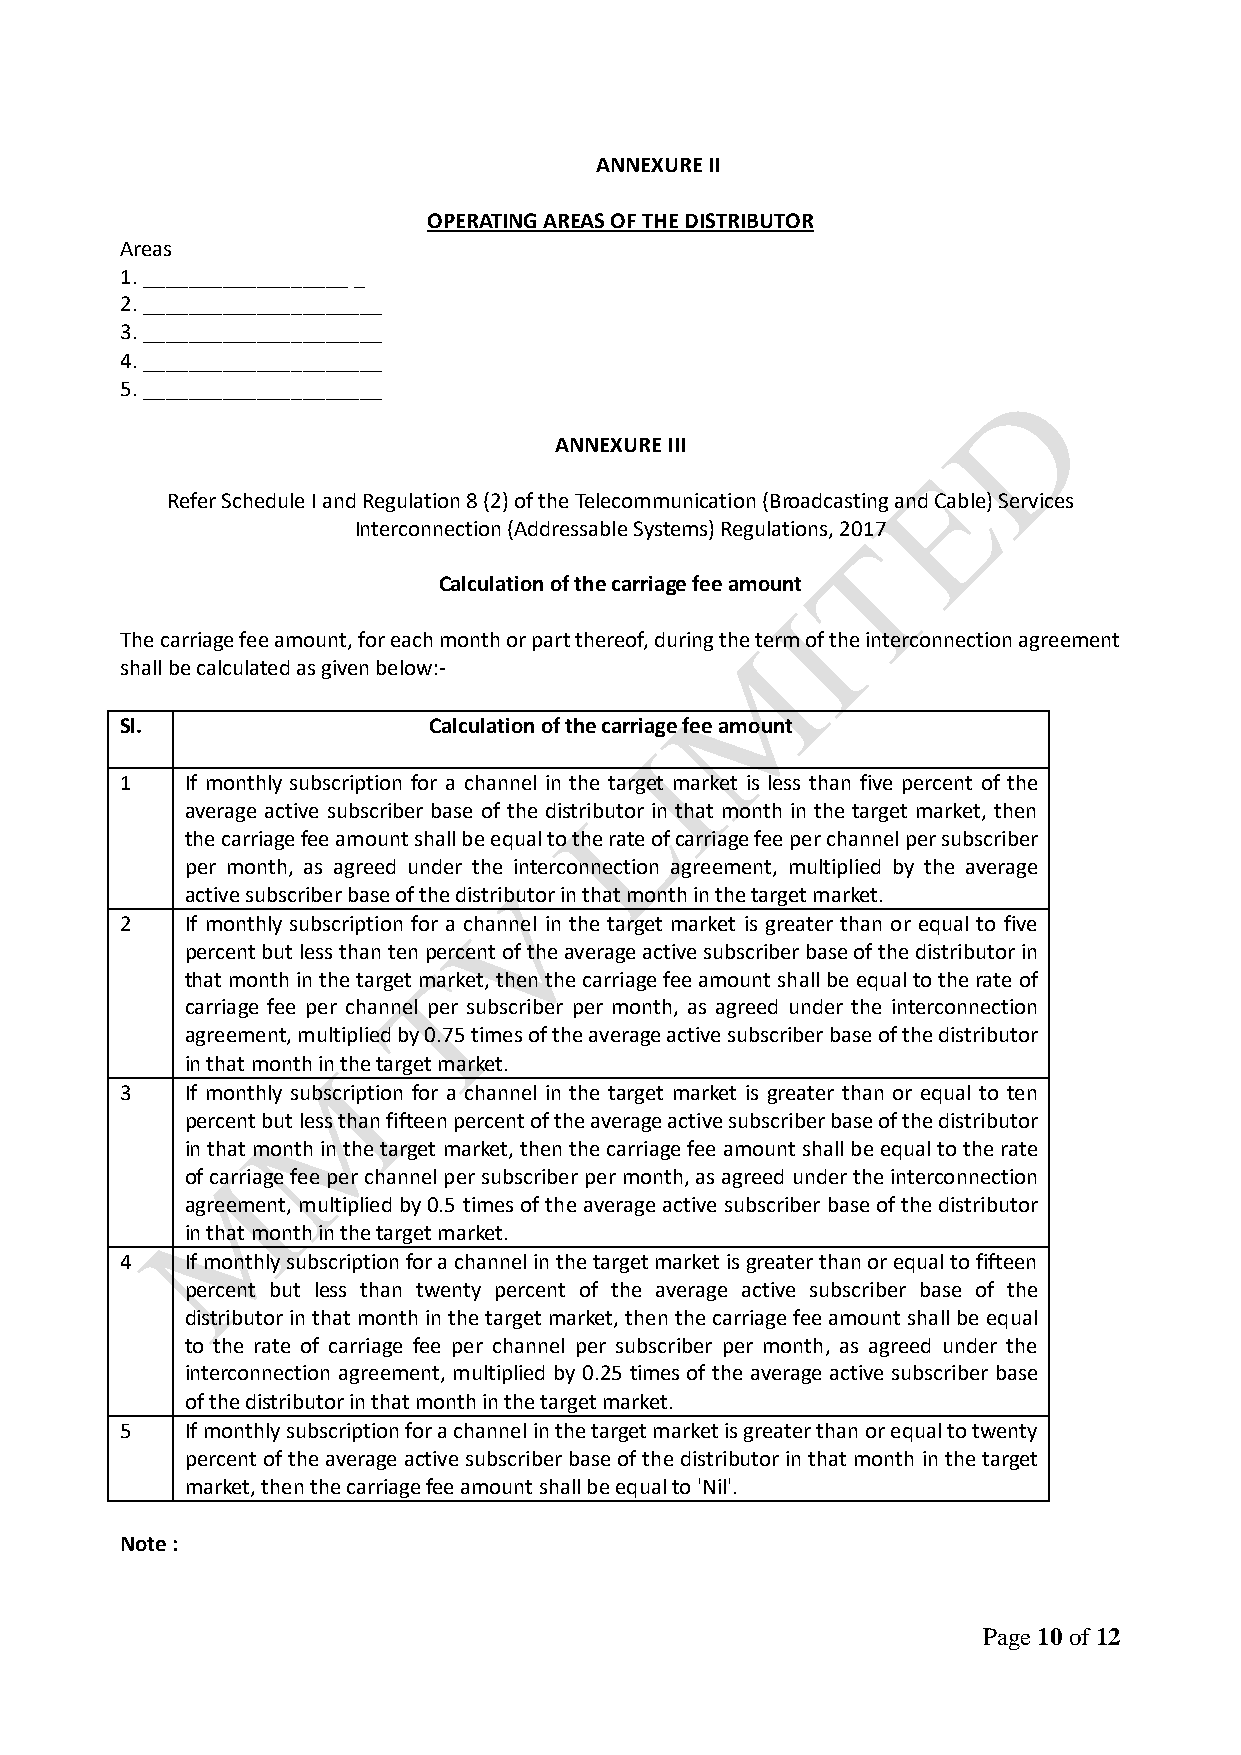
ANNEXURE II
 OPERATING AREAS OF THE DISTRIBUTOR
 Areas
 1. __________________ _
 2. _____________________
 3. _____________________
 4. _____________________
 5. _____________________
 ANNEXURE III
 Refer Schedule I and Regulation 8 (2) of the Telecommunication (Broadcasting and Cable) Services
 Interconnection (Addressable Systems) Regulations, 2017
 Calculation of the carriage fee amount
 The carriage fee amount, for each month or part thereof, during the term of the interconnection agreement
 shall be calculated as given below:-
 Sl.                 Calculation of the carriage fee amount
 1   If monthly subscription for a channel in the target market is less than five percent of the
 average active subscriber base of the distributor in that month in the target market, then
 the carriage fee amount shall be equal to the rate of carriage fee per channel per subscriber
 per month, as agreed under the interconnection agreement, multiplied by the average
 active subscriber base of the distributor in that month in the target market.
 2   If monthly subscription for a channel in the target market is greater than or equal to five
 percent but less than ten percent of the average active subscriber base of the distributor in
 that month in the target market, then the carriage fee amount shall be equal to the rate of
 carriage fee per channel per subscriber per month, as agreed under the interconnection
 agreement, multiplied by 0.75 times of the average active subscriber base of the distributor
 in that month in the target market.
 3   If monthly subscription for a channel in the target market is greater than or equal to ten
 percent but less than fifteen percent of the average active subscriber base of the distributor
 in that month in the target market, then the carriage fee amount shall be equal to the rate
 of carriage fee per channel per subscriber per month, as agreed under the interconnection
 agreement, multiplied by 0.5 times of the average active subscriber base of the distributor
 in that month in the target market.
 4   If monthly subscription for a channel in the target market is greater than or equal to fifteen
 percent but less than twenty percent of the average active subscriber base of the
 distributor in that month in the target market, then the carriage fee amount shall be equal
 to the rate of carriage fee per channel per subscriber per month, as agreed under the
 interconnection agreement, multiplied by 0.25 times of the average active subscriber base
 of the distributor in that month in the target market.
 5   If monthly subscription for a channel in the target market is greater than or equal to twenty
 percent of the average active subscriber base of the distributor in that month in the target
 market, then the carriage fee amount shall be equal to 'Nil'.
 Note :
 Page 10 of 12